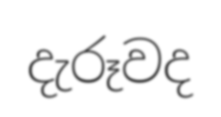
දැරූවද